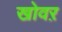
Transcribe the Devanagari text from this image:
खोवऱ